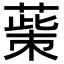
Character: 𦸺